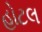
હોટલ